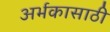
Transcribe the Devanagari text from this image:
अर्भकासाठी